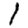
Digit: 1